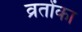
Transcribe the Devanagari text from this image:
व्रतोंका